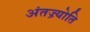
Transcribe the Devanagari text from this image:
अंतज्र्योति